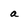
Character: a